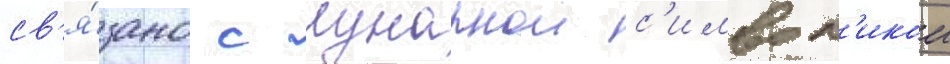
св'я́зано с лунарнои с'имвол'икои